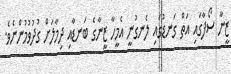
ޒީނާ ސޯފާގައި އަތް ގަނޑުގައި ލެނގުނީ އެމީހާ ޒީނާގެ ބަނޑާއި ދިމާލަށް ގުދުވުމުންނެވެ.